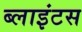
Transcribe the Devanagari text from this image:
ब्लाइंटस